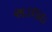
અડલાઇ